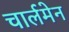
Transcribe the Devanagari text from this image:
चार्लमेन